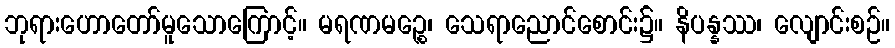
ဘုရားဟောတော်မူသောကြောင့်။ မရဏမဉ္စေ၊ သေရာညောင်စောင်း၌။ နိပန္နဿ၊ လျောင်းစဉ်။